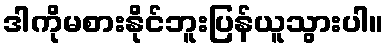
ဒါကိုမစားနိုင်ဘူးပြန်ယူသွားပါ။